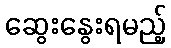
ဆွေးနွေးရမည့်